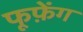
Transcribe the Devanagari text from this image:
फूफ़ेंग